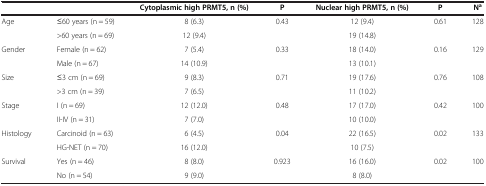
|  |  | Cytoplasmic high PRMT5, n (%) | P | Nuclear high PRMT5, n (%) | P | Na |
 | --- | --- | --- | --- | --- | --- | --- |
 | <ROWSPAN=2> Age | ≤60 years (n = 59) | 8 (6.3) | <ROWSPAN=2> 0.43 | 12 (9.4) | <ROWSPAN=2> 0.61 | <ROWSPAN=2> 128 |
 | >60 years (n = 69) | 12 (9.4) | 19 (14.8) |
 | <ROWSPAN=2> Gender | Female (n = 62) | 7 (5.4) | <ROWSPAN=2> 0.33 | 18 (14.0) | <ROWSPAN=2> 0.16 | <ROWSPAN=2> 129 |
 | Male (n = 67) | 14 (10.9) | 13 (10.1) |
 | <ROWSPAN=2> Size | ≤3 cm (n = 69) | 9 (8.3) | <ROWSPAN=2> 0.71 | 19 (17.6) | <ROWSPAN=2> 0.76 | <ROWSPAN=2> 108 |
 | >3 cm (n = 39) | 7 (6.5) | 11 (10.2) |
 | <ROWSPAN=2> Stage | I (n = 69) | 12 (12.0) | <ROWSPAN=2> 0.48 | 17 (17.0) | <ROWSPAN=2> 0.42 | <ROWSPAN=2> 100 |
 | II-IV (n = 31) | 7 (7.0) | 10 (10.0) |
 | <ROWSPAN=2> Histology | Carcinoid (n = 63) | 6 (4.5) | <ROWSPAN=2> 0.04 | 22 (16.5) | <ROWSPAN=2> 0.02 | <ROWSPAN=2> 133 |
 | HG-NET (n = 70) | 16 (12.0) | 10 (7.5) |
 | <ROWSPAN=2> Survival | Yes (n = 46) | 8 (8.0) | <ROWSPAN=2> 0.923 | 16 (16.0) | <ROWSPAN=2> 0.02 | <ROWSPAN=2> 100 |
 | No (n = 54) | 9 (9.0) | 8 (8.0) |